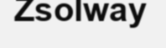
Zsolway